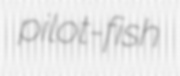
pilot-fish